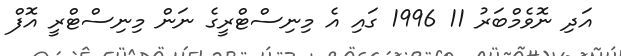
އަދި ނޮވެމްބަރު 11 1996 ގައި އެ މިނިސްޓްރީގެ ނަން މިނިސްޓްރީ އޮފް